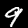
Digit: 9